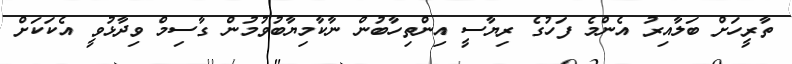
ތާރީހަށް ބަލާއިރު އެންމެ ފަހުގެ ރިޔާސީ އިންތިހާބުން ނާކާމިޔާބުވުުމުން ގާސިމް ވިދާޅުވީ އެކަކަށް